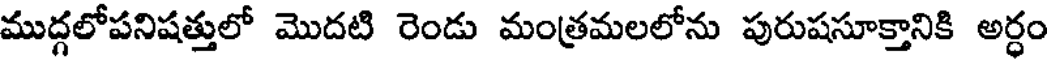
ముద్గలోపనిషత్తులో మొదటి రెండు మంత్రమలలోను పురుషసూక్తానికి అర్ధం